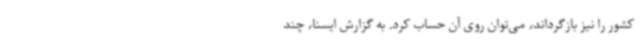
کشور را نیز بازگرداند، می‌توان روی آن حساب کرد. به گزارش ایسنا، چند